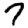
Digit: 7